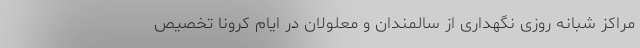
مراکز شبانه روزی نگهداری از سالمندان و معلولان در ایام کرونا تخصیص